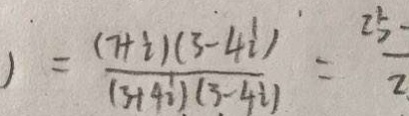
) = \frac { ( 7 + i ) ( 3 - 4 i ) } { ( 3 + 4 i ) ( 3 - 4 i ) } = \frac { 2 5 } { 2 }